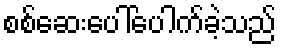
စစ်ဆေးပေါ်ပေါက်ခဲ့သည်